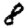
Digit: 8